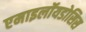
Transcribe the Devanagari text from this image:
एमाइलॉयडोसिस